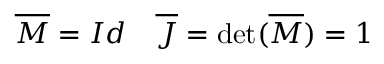
\overline { { M } } = I d \quad \overline { { J } } = \operatorname* { d e t } ( \overline { { M } } ) = 1